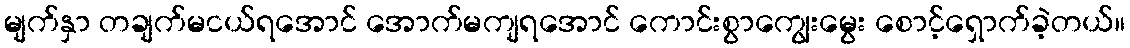
မျက်နှာ တချက်မငယ်ရအောင် အောက်မကျရအောင် ကောင်းစွာကျွေးမွေး စောင့်ရှောက်ခဲ့တယ်။